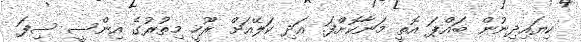
ކިޔައިދިނުން ބައްޕަ އޮތީ މަނާކޮށްފަ. އަދި ކަލޭއަށް ރޫހީ މިތުރުގެ އިންސީ ސިފަ